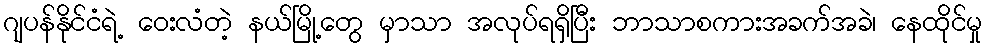
ဂျပန်နိုင်ငံရဲ့ ဝေးလံတဲ့ နယ်မြို့တွေ မှာသာ အလုပ်ရရှိပြီး ဘာသာစကားအခက်အခဲ၊ နေထိုင်မှု